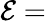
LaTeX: {\mathcal{E}}=